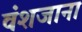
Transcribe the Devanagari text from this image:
वंशजाना